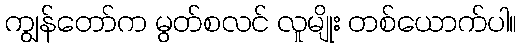
ကျွန်တော်က မွတ်စလင် လူမျိုး တစ်ယောက်ပါ။